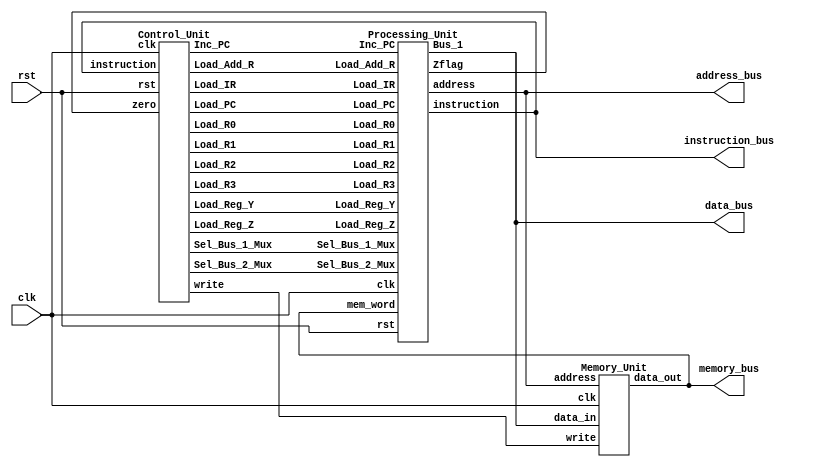
//This code comes from the ADVANCE DIGITAL DESIGN with  VERILOG HDL, SECOND EDITION, by Michael D. Ciletti 
//This code was modified and updated by: 
//	Jose A. Dominguez (Jodom4@morgan.edu)
//	Chikwado Uwakwe (chuwa3@morgan.edu)
//	Dr. M.d Tanvir Arafin (mdtanvir.arafin@morgan.edu)


module RISC_SPM (clk, rst, data_bus, address_bus, memory_bus, instruction_bus);
  parameter word_size = 8;
  parameter Sel1_size = 3;
  parameter Sel2_size = 2;
  input clk, rst;
  
  output [word_size-1:0] data_bus, address_bus, memory_bus, instruction_bus;

  wire [Sel1_size-1: 0] Sel_Bus_1_Mux;
  wire [Sel2_size-1: 0] Sel_Bus_2_Mux;
  

  // Data Nets
  wire zero;
  wire [word_size-1: 0] instruction, address, Bus_1, mem_word;
  assign data_bus = Bus_1;
  assign address_bus = address;
  assign memory_bus = mem_word;
  assign instruction_bus = instruction;

  // Control Nets
  wire Load_R0, Load_R1, Load_R2, Load_R3, Load_PC, Inc_PC, Load_IR;   
  wire Load_Add_R, Load_Reg_Y, Load_Reg_Z;
  wire write;
  Processing_Unit M0_Processor (instruction, zero, address, Bus_1, mem_word, Load_R0, Load_R1,
                                Load_R2, Load_R3, Load_PC, Inc_PC, Sel_Bus_1_Mux, Load_IR,
                                Load_Add_R, Load_Reg_Y, Load_Reg_Z,  Sel_Bus_2_Mux, clk, rst);

  Control_Unit M1_Controller (Load_R0, Load_R1, Load_R2, Load_R3, Load_PC, Inc_PC, Sel_Bus_1_Mux, 
                              Sel_Bus_2_Mux , Load_IR, Load_Add_R, Load_Reg_Y, Load_Reg_Z, 
                              write, instruction, zero, clk, rst);

  Memory_Unit M2_SRAM (.data_out(mem_word), 
                       .data_in(Bus_1), 
                       .address(address), 
                       .clk(clk), 
                       .write(write) );
endmodule


module Processing_Unit (instruction, Zflag, address, Bus_1, mem_word, Load_R0, Load_R1, Load_R2, 
                        Load_R3, Load_PC, Inc_PC, Sel_Bus_1_Mux, Load_IR, Load_Add_R, Load_Reg_Y, Load_Reg_Z, 
                        Sel_Bus_2_Mux, clk, rst);

  parameter word_size = 8;
  parameter op_size = 4;
  parameter Sel1_size = 3;
  parameter Sel2_size = 2;

  output [word_size-1: 0] 	instruction, address, Bus_1;
  output                       Zflag;

  input [word_size-1: 0]  	mem_word;
  input 			Load_R0, Load_R1, Load_R2, Load_R3, Load_PC, Inc_PC;
  input [Sel1_size-1: 0] 	Sel_Bus_1_Mux;
  input [Sel2_size-1: 0] 	Sel_Bus_2_Mux;
  input 			Load_IR, Load_Add_R, Load_Reg_Y, Load_Reg_Z;
  input 			clk, rst;

  wire			        Load_R0, Load_R1, Load_R2, Load_R3;
  wire [word_size-1: 0] 	Bus_2;
  wire [word_size-1: 0] 	R0_out, R1_out, R2_out, R3_out;
  wire [word_size-1: 0] 	PC_count, Y_value, alu_out;
  wire 			alu_zero_flag;
  wire [op_size-1 : 0] 	opcode = instruction [word_size-1: word_size-op_size];

  Register_Unit 		R0 	(R0_out, Bus_2, Load_R0, clk, rst);
  Register_Unit 		R1 	(R1_out, Bus_2, Load_R1, clk, rst);
  Register_Unit 		R2 	(R2_out, Bus_2, Load_R2, clk, rst);
  Register_Unit 		R3 	(R3_out, Bus_2, Load_R3, clk, rst);
  Register_Unit 		Reg_Y 	(Y_value, Bus_2, Load_Reg_Y, clk, rst);
  D_flop 			Reg_Z 	(Zflag, alu_zero_flag, Load_Reg_Z, clk, rst);
  Address_Register 	        Add_R	(address, Bus_2, Load_Add_R, clk, rst);
  Instruction_Register	        IR	(instruction, Bus_2, Load_IR, clk, rst);
  Program_Counter 	        PC	(PC_count, Bus_2, Load_PC, Inc_PC, clk, rst);
  Multiplexer_5ch 		Mux_1 	(Bus_1, R0_out, R1_out, R2_out, R3_out, PC_count, Sel_Bus_1_Mux);
  Multiplexer_3ch 		Mux_2	(Bus_2, alu_out, Bus_1, mem_word, Sel_Bus_2_Mux);
  Alu_RISC 		        ALU	(alu_zero_flag, alu_out, Y_value, Bus_1, opcode);
endmodule 

module Register_Unit (data_out, data_in, load, clk, rst);
  parameter word_size = 8;
  output [word_size-1: 0] 	data_out;
  input  [word_size-1: 0] 	data_in;
  input 			load;
  input 			clk, rst;
  
  reg 	[word_size-1: 0]	data_out;
  
  always @ (posedge clk or negedge rst)
    if (rst == 0) data_out <= 0; else if (load) data_out <= data_in;
endmodule

module D_flop (data_out, data_in, load, clk, rst);
  output  data_out;
  input   data_in;
  input   load;
  input   clk, rst;
  
  reg 	  data_out;

  always @ (posedge clk or negedge rst)
    if (rst == 0) data_out <= 0; else if (load == 1)data_out <= data_in;
endmodule

module Address_Register (data_out, data_in, load, clk, rst);
  parameter word_size = 8;
  output [word_size-1: 0] 	data_out;
  input  [word_size-1: 0] 	data_in;
  input 			load, clk, rst;
  
  reg 	 [word_size-1: 0]	data_out;
  
  always @ (posedge clk or negedge rst)
    if (rst == 0) data_out <= 0; else if (load) data_out <= data_in;
endmodule

module Instruction_Register (data_out, data_in, load, clk, rst);
  parameter word_size = 8;
  output [word_size-1: 0] 	data_out;
  input  [word_size-1: 0] 	data_in;
  input 			load;
  input 			clk, rst;
  
  reg 	 [word_size-1: 0]	data_out;
  
  always @ (posedge clk or negedge rst)
    if (rst == 0) data_out <= 0; else if (load) data_out <= data_in; 
endmodule

module Program_Counter (count, data_in, Load_PC, Inc_PC, clk, rst);
  parameter word_size = 8;
  output [word_size-1: 0] 	count;
  input  [word_size-1: 0] 	data_in;
  input 			Load_PC, Inc_PC;
  input 			clk, rst;
  
  reg 	  [word_size-1: 0]	count;
  
  always @ (posedge clk or negedge rst)
    if (rst == 0) count <= 0; else if (Load_PC) count <= data_in; else if  (Inc_PC) count <= count +1;
endmodule

module Multiplexer_5ch (mux_out, data_a, data_b, data_c, data_d, data_e, sel);
  parameter word_size = 8;
  output [word_size-1: 0] 	mux_out;
  input  [word_size-1: 0] 	data_a, data_b, data_c, data_d, data_e;
  input  [2: 0]                sel;
 
  assign  mux_out = (sel == 0) ? data_a: (sel == 1) 
                               ? data_b : (sel == 2) 
                               ? data_c: (sel == 3) 
                               ? data_d : (sel == 4) 
                               ? data_e : 'bx;
endmodule

module Multiplexer_3ch (mux_out, data_a, data_b, data_c, sel);
  parameter word_size = 8;
  output [word_size-1: 0]     mux_out;
  input  [word_size-1: 0]     data_a, data_b, data_c;
  input  [1: 0]               sel;

  assign  mux_out = (sel == 0) ? data_a: (sel == 1) ? data_b : (sel == 2) ? data_c: 'bx;
endmodule
 


/*ALU Instruction		Action
ADD			Adds the datapaths to form data_1 + data_2.
SUB			Subtracts the datapaths to form data_1 - data_2.
AND			Takes the bitwise-and of the datapaths, data_1 & data_2.
NOT			Takes the bitwise Boolean complement of data_1.

	******Note: the carries are ignored in this model.********
*/

 
module Alu_RISC (alu_zero_flag, alu_out, data_1, data_2, sel);
  parameter word_size = 8;
  parameter op_size = 4;
  output 			alu_zero_flag;
  output [word_size-1: 0] 	alu_out;
  input  [word_size-1: 0] 	data_1, data_2;
  input  [op_size-1: 0] 	sel;
  
  // Opcodes
  parameter NOP = 4'b0000;
  parameter ADD = 4'b0001;
  parameter SUB = 4'b0010;
  parameter AND = 4'b0011;
  parameter NOT = 4'b0100;
  parameter RD  = 4'b0101;
  parameter WR	 = 4'b0110;
  parameter BR	 = 4'b0111;
  parameter BRZ  = 4'b1000;

  reg 	[word_size-1: 0]	alu_out;

  assign  alu_zero_flag = ~|alu_out;
  
  always @ (sel or data_1 or data_2)  
     case  (sel)
      NOP:	alu_out = 0;
      ADD:	alu_out = data_1 + data_2;  // Reg_Y + Bus_1
      SUB:	alu_out = data_2 - data_1;
      AND:	alu_out = data_1 & data_2;
      NOT:	alu_out = ~ data_2;	    // Gets data from Bus_1
      default:  alu_out = 0;
     endcase 
endmodule


module Control_Unit (Load_R0, Load_R1, Load_R2, Load_R3, Load_PC, Inc_PC, Sel_Bus_1_Mux, 
                     Sel_Bus_2_Mux, Load_IR, Load_Add_R, Load_Reg_Y, Load_Reg_Z, 
                     write, instruction, zero, clk, rst);
 
  parameter word_size = 8, op_size = 4, state_size = 4;
  parameter src_size = 2, dest_size = 2, Sel1_size = 3, Sel2_size = 2;
  // State Codes
  parameter S_idle = 0, S_fet1 = 1, S_fet2 = 2, S_dec = 3, S_ex1 = 4;
  parameter S_rd1  = 5, S_rd2  = 6, S_wr1  = 7, S_wr2 = 8, S_br1 = 9;
  parameter S_br2  = 10, S_halt = 11;  
  // Opcodes
  parameter NOP = 0, ADD = 1, SUB = 2, AND = 3, NOT = 4;
  parameter RD  = 5, WR =  6,  BR =  7, BRZ = 8;  
  // Source and Destination Codes  
  parameter R0 = 0, R1 = 1, R2 = 2, R3 = 3;  

  output                  Load_R0, Load_R1, Load_R2, Load_R3;
  output                  Load_PC, Inc_PC;
  output [Sel1_size-1: 0] Sel_Bus_1_Mux;
  output                  Load_IR, Load_Add_R;
  output                  Load_Reg_Y, Load_Reg_Z;
  output [Sel2_size-1: 0] Sel_Bus_2_Mux;
  output                  write;
  input  [word_size-1: 0] instruction;
  input                   zero;
  input                   clk, rst;
 
  reg [state_size-1: 0] state, next_state;
  reg Load_R0, Load_R1, Load_R2, Load_R3, Load_PC, Inc_PC;
  reg Load_IR, Load_Add_R, Load_Reg_Y;
  reg Sel_ALU, Sel_Bus_1, Sel_Mem;
  reg Sel_R0, Sel_R1, Sel_R2, Sel_R3, Sel_PC;
  reg Load_Reg_Z, write;
  reg err_flag;

  wire [op_size-1:0]   opcode = instruction [word_size-1: word_size - op_size];
  wire [src_size-1: 0] src = instruction [src_size + dest_size -1: dest_size];
  wire [dest_size-1:0] dest = instruction [dest_size -1:0];
 
  // Mux selectors
  assign  Sel_Bus_1_Mux[Sel1_size-1:0] = Sel_R0 ? 0:
				           Sel_R1 ? 1:
				           Sel_R2 ? 2:
				           Sel_R3 ? 3:
				           Sel_PC ? 4: 3'bx;  // 3-bits, sized number

  assign  Sel_Bus_2_Mux[Sel2_size-1:0] = Sel_ALU ? 0:
				           Sel_Bus_1 ? 1:
				           Sel_Mem ? 2: 2'bx; // 2-bits, sized number

  always @ (posedge clk or negedge rst) begin: State_transitions
    if (rst == 0) state <= S_idle; else state <= next_state; end


  always @ (state or opcode or zero) begin: Output_and_next_state 
    Sel_R0 = 0;   Sel_R1 = 0;      Sel_R2 = 0;      Sel_R3 = 0;     Sel_PC = 0;
    Load_R0 = 0;  Load_R1 = 0;     Load_R2 = 0;     Load_R3 = 0;    Load_PC = 0;
    Load_IR = 0;  Load_Add_R = 0;  Load_Reg_Y = 0;  Load_Reg_Z = 0;
    Inc_PC = 0; 
    Sel_Bus_1 = 0; 
    Sel_ALU = 0; 
    Sel_Mem = 0; 
    write = 0; 
    err_flag = 0;	// Used for de-bug in simulation		
    next_state = state;

     case  (state) 
      S_idle:		next_state = S_fet1;      
      S_fet1:		begin       	  	  	
                         next_state = S_fet2; 
      	  	  	  Sel_PC = 1;
      	  	  	  Sel_Bus_1 = 1;
      	  	   	  Load_Add_R = 1; 
    			  end
      S_fet2:		begin 		
                         next_state = S_dec; 
                         Sel_Mem = 1;
      	  	  	  Load_IR = 1; 
      	  	  	  Inc_PC = 1;
    			  end
      S_dec:  	 	case  (opcode) 
      		 		  NOP: next_state = S_fet1;
		  		  ADD, SUB, AND: begin
 		    		    next_state = S_ex1;
		    		    Sel_Bus_1 = 1;
		    		    Load_Reg_Y = 1;
		     		    case  (src)
		      		      R0: 		Sel_R0 = 1; 
		      		      R1: 		Sel_R1 = 1; 
		      		      R2: 		Sel_R2 = 1;
		      		      R3: 		Sel_R3 = 1; 
		      		      default : 	err_flag = 1;
		    		    endcase   
                                   end // ADD, SUB, AND

			 	  NOT: begin
			    	    next_state = S_fet1;
			    	    Load_Reg_Z = 1;
			    	    Sel_Bus_1 = 1; 
			    	    Sel_ALU = 1; 
		 	     	    case  (src)
			      	      R0: 		Sel_R0 = 1;			      
      				      R1: 		Sel_R1 = 1;
			      	      R2: 		Sel_R2 = 1;			      
 			      	      R3: 		Sel_R3 = 1; 
			      	      default : 	err_flag = 1;
			    	    endcase   
  			     	    case  (dest)
			      	      R0: 		Load_R0 = 1; 
			      	      R1: 		Load_R1 = 1;			      
      				      R2: 		Load_R2 = 1;
			      	      R3: 		Load_R3 = 1;			      
      				      default: 	err_flag = 1;
			    	    endcase   
                                   end // NOT
  				  
                                 RD: begin
			    	    next_state = S_rd1;
			    	    Sel_PC = 1; Sel_Bus_1 = 1; Load_Add_R = 1; 
                                   end // RD
                                   
			  	  WR: begin
			    	    next_state = S_wr1;
			    	    Sel_PC = 1; Sel_Bus_1 = 1; Load_Add_R = 1; 
                                   end  // WR
                                   
			  	  BR: begin 
			    	    next_state = S_br1;  
                                   Sel_PC = 1; Sel_Bus_1 = 1; Load_Add_R = 1; 
			    	    end  // BR
			    	    
  				  BRZ: if (zero == 1) begin
			    	    next_state = S_br1; 
                                   Sel_PC = 1; Sel_Bus_1 = 1; Load_Add_R = 1; 
			    	    end // BRZ.1
			  	    else begin 
                                   next_state = S_fet1; 
                                   Inc_PC = 1; 
                                   end // BRZ.2
        		  	  
        		  	  default : next_state = S_halt;
			endcase  // (opcode)

      S_ex1:		begin 
  			  next_state = S_fet1;
			  Load_Reg_Z = 1;
			  Sel_ALU = 1; 
		 	  case  (dest)
  	    		    R0: begin Sel_R0 = 1; Load_R0 = 1; end
			    R1: begin Sel_R1 = 1; Load_R1 = 1; end
			    R2: begin Sel_R2 = 1; Load_R2 = 1; end
			    R3: begin Sel_R3 = 1; Load_R3 = 1; end
			    default : err_flag = 1; 
			  endcase  
		          end 

      S_rd1:		begin
                         next_state = S_rd2;
			  Sel_Mem = 1;
			  Load_Add_R = 1; 
			  Inc_PC = 1;
			  end

      S_wr1: 		begin
                         next_state = S_wr2;
			  Sel_Mem = 1;
			  Load_Add_R = 1; 
			  Inc_PC = 1;
			  end 

      S_rd2:		begin
                         next_state = S_fet1;
			  Sel_Mem = 1;
		 	  case  (dest) 
    			    R0: Load_R0 = 1; 
		 	    R1: Load_R1 = 1; 
		 	    R2: Load_R2 = 1; 
		 	    R3: Load_R3 = 1; 
			    default: err_flag = 1;
			  endcase  
			  end

      S_wr2:		begin 
     			  next_state = S_fet1;
			  write = 1;
		 	  case  (src)
    			    R0: Sel_R0 = 1;		 	    
    			    R1: Sel_R1 = 1;		 	    
   			    R2: Sel_R2 = 1; 		 	    
   			    R3: Sel_R3 = 1;			    
    			    default: 	err_flag = 1;
			  endcase 
			  end

      S_br1:		begin next_state = S_br2; Sel_Mem = 1; Load_Add_R = 1; end
      S_br2:		begin next_state = S_fet1; Sel_Mem = 1; Load_PC = 1; end
      S_halt:  	next_state = S_halt;
      default:		next_state = S_idle;
     endcase    
   end
endmodule


module Memory_Unit (data_out, data_in, address, clk, write);
  parameter word_size = 8;
  parameter memory_size = 256;

  output [word_size-1: 0] data_out;
  input  [word_size-1: 0] data_in;
  input  [word_size-1: 0] address;
  input                   clk, write;
  
  reg [word_size-1: 0] memory [memory_size-1: 0];  //256 words of 8-bits
  
  assign data_out = memory[address];

  always @ (posedge clk)
    if (write) memory[address] = data_in;
endmodule